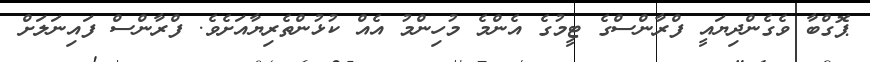
ޕޮގްބާ ވެގެންދިޔައީ ފްރާންސްގެ ޓީމުގެ އެންމެ މުހިންމު އެއް ކުޅުންތެރިޔާއަށެވެ. ފްރާންސް ފައިނަލަށް